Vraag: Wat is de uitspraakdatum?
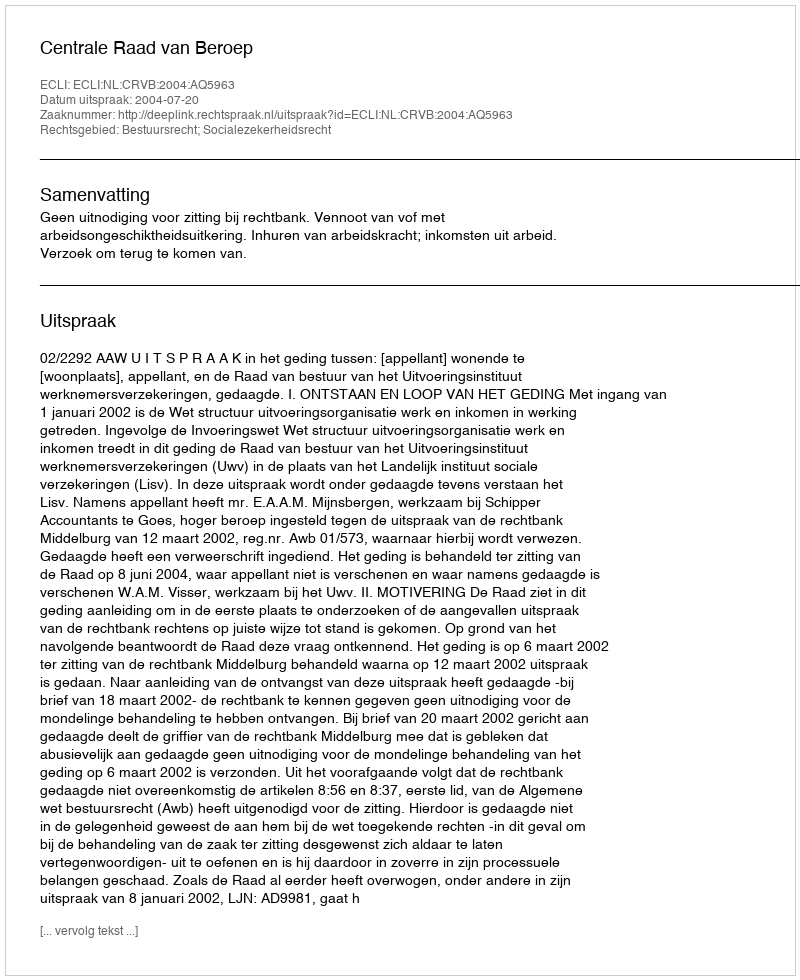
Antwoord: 2004-07-20